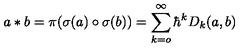
a \ast b = \pi ( \sigma ( a ) \circ \sigma ( b ) ) = \sum _ { k = o } ^ { \infty } \hbar ^ { k } D _ { k } ( a , b ) \,